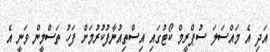
އަދި އެ މައްސަލަ ސުޕްރީމް ކޯޓުގައި އިސްތިއުނާފުކުރުމަށް ފަހު ތަސްމީން ވަނީ އެ